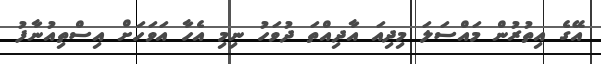
އޭގެ އިތުރުން މައްސަލަ މިދިއަ އާދިއްތަ ދުވަހު ނިމި އެހާ އަވަހަށް އިސްތިއުނާފު